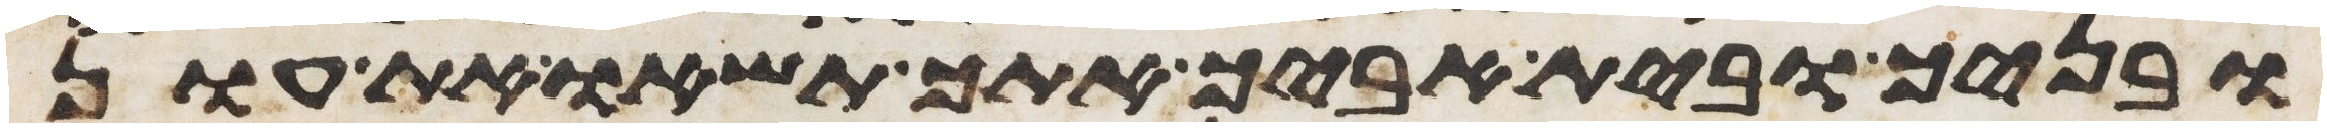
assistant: ובניך ובית אביך אתך תשאו את עון